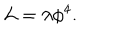
{ \cal L } = \lambda \phi ^ { 4 } .